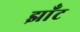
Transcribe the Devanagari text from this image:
झाँट